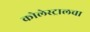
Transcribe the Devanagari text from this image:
कोलेस्ट्रालचा